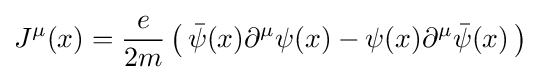
J^{\mu }(x)={\frac {e}{2m}}\left(\,{\bar {\psi }}(x)\partial ^{\mu }\psi (x)-\psi (x)\partial ^{\mu }{\bar {\psi }}(x)\,\right)